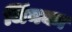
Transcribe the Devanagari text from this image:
जिंनका